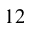
1 2